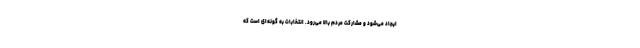
ایجاد می‌شود و مشارکت مردم بالا می‌رود. انتخابات به گونه‌ای است که